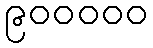
၉၀၀၀၀၀